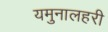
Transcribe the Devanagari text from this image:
यमुनालहरी